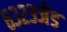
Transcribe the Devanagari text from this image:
६३२३जेड